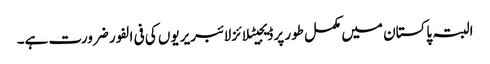
البتہ پاکستان میں مکمل طور پر ڈیجیٹلائزلائبریریوں کی فی الفور ضرورت ہے۔